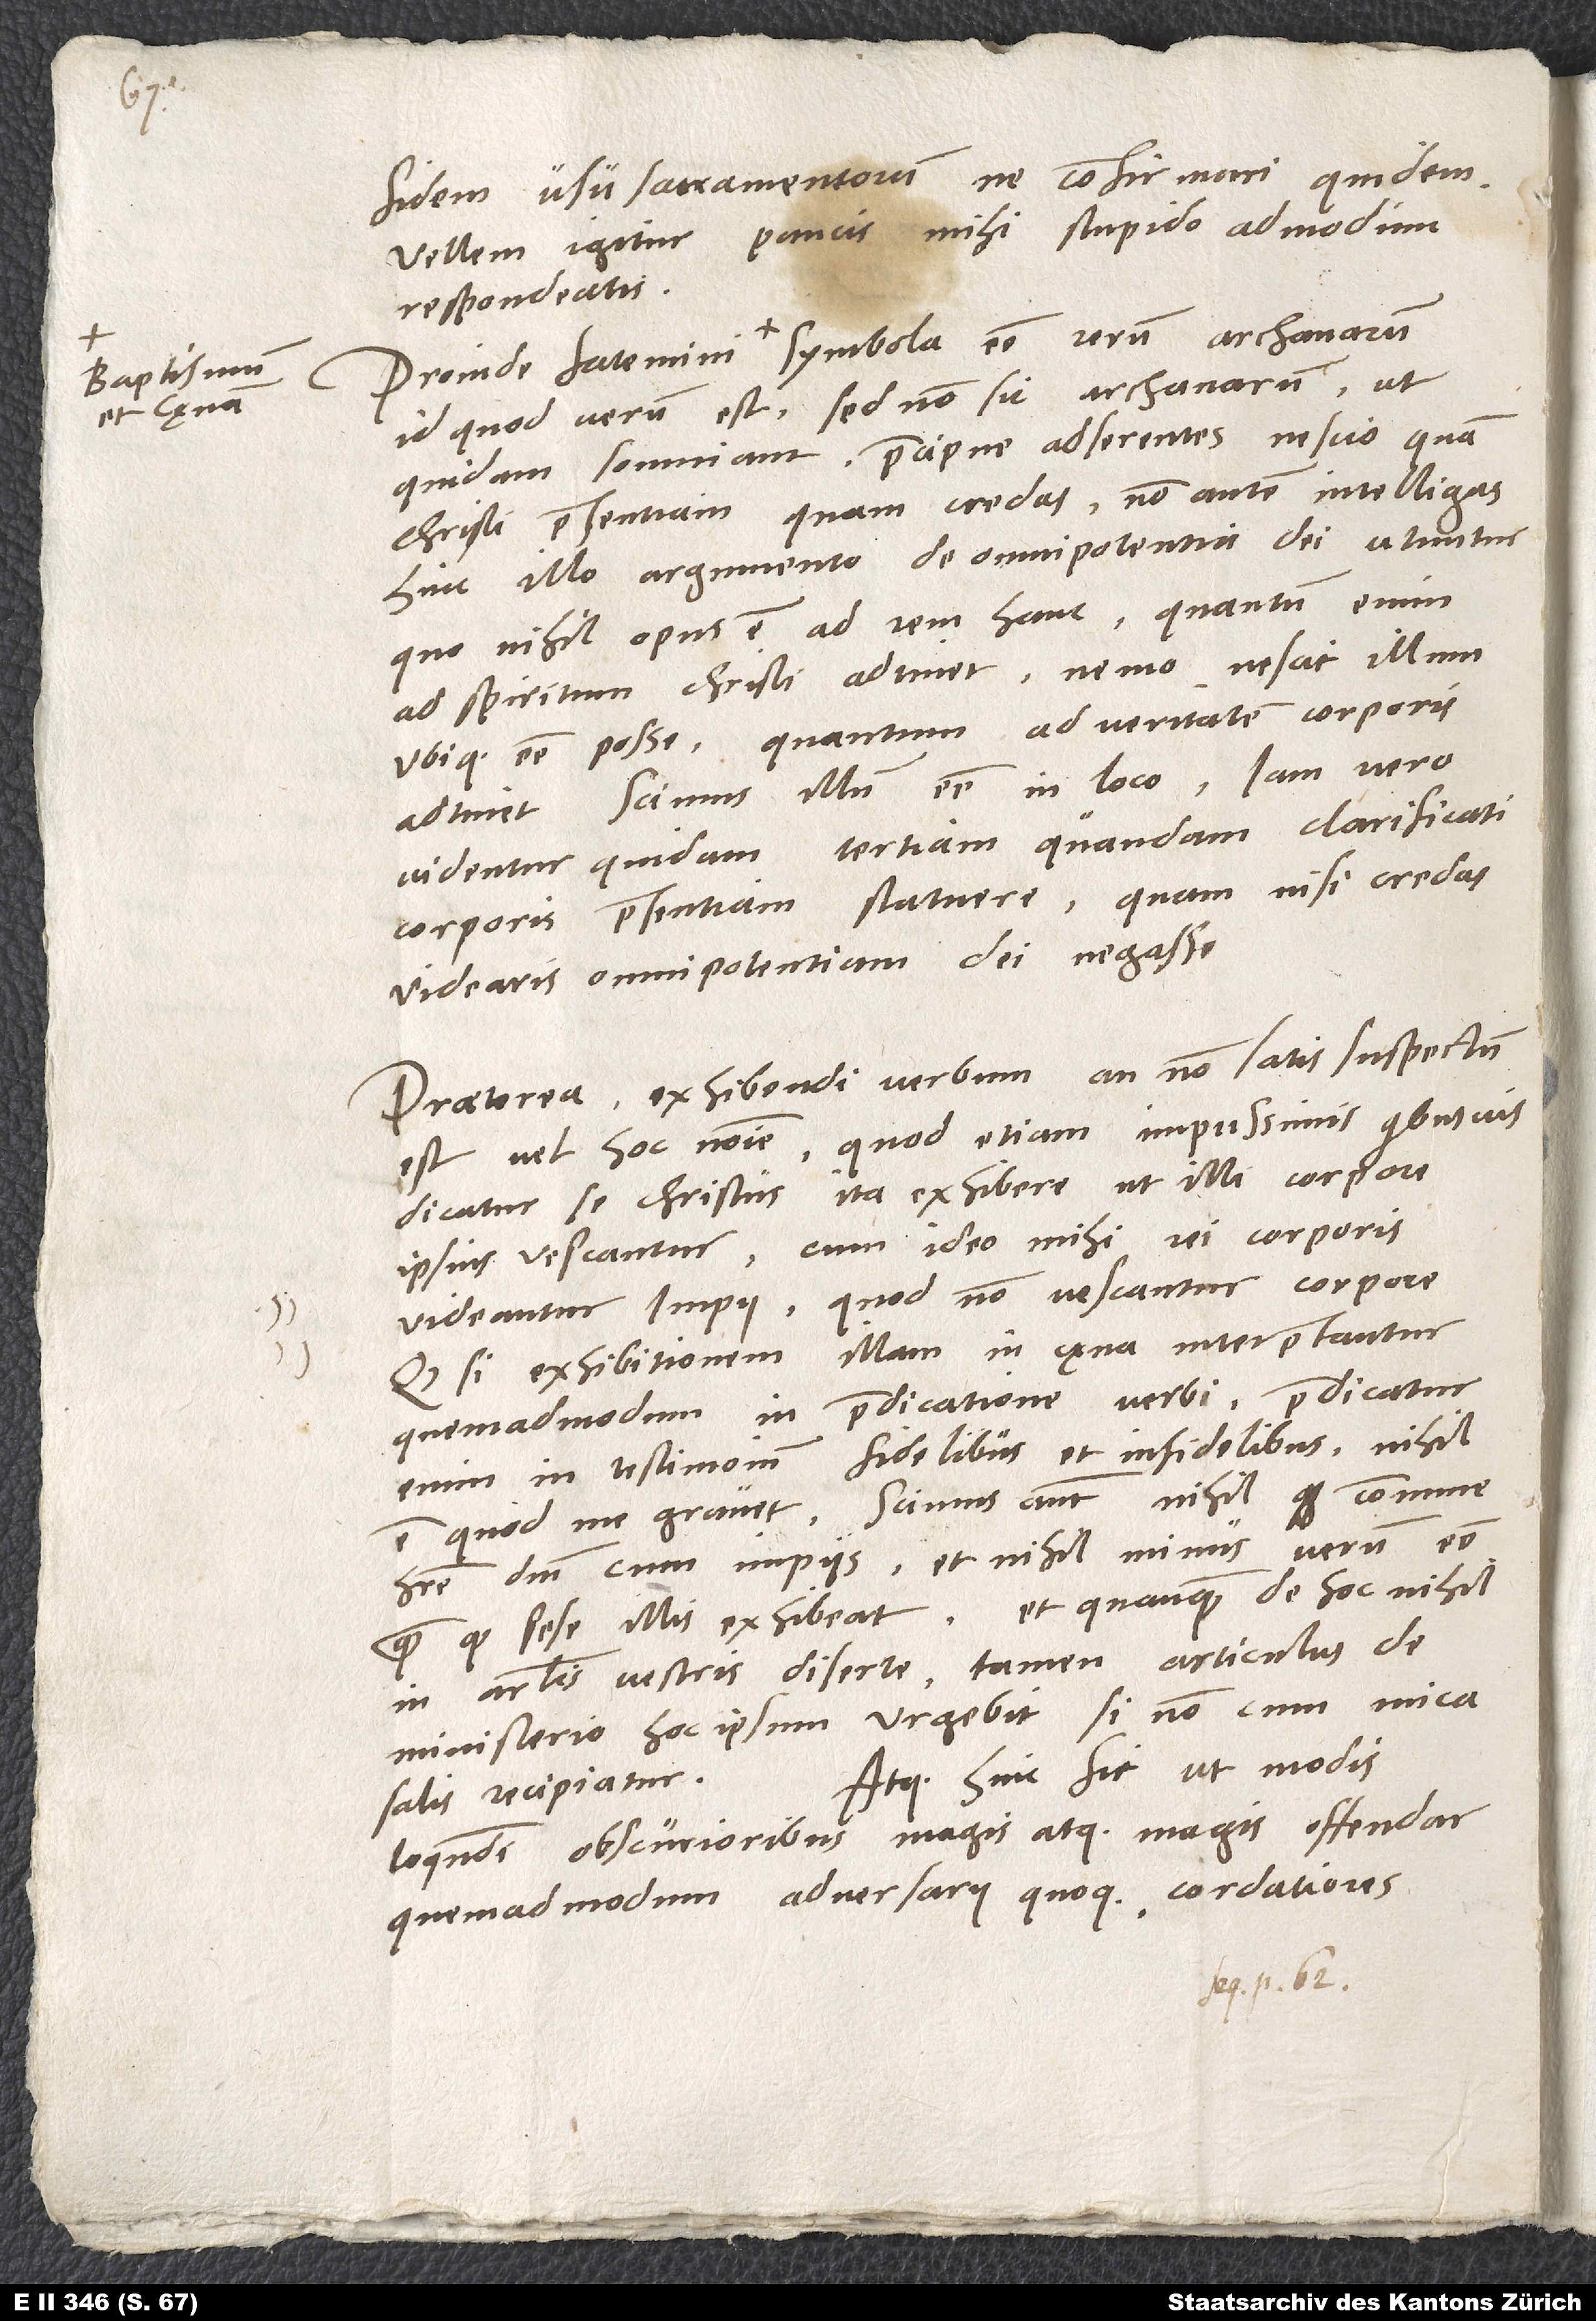
baptismum

fidem usu sacramentorum ne confirmari quidem
Vellem igitur, paucis mihi stupido admodum
respondeatis.
id quod verum est, sed non sic archanarum, ut
quidam somniant praecipue adserentes nescio quam
Christi praesentiam, quam credas, non autem intelligas.
Hinc illo argumento de omnipotentia dei utuntur,
quo nihil opus est ad rem hanc. Quantum enim
ad spiritum Christi adtinet, nemo nescit illum
ubique esse posse; quantum ad veritatem corporis
adtinet, scimus illum esse in loco. Iam vero
videntur quidam tertiam quandam clarificati
corporis praesentiam statuere, quam nisi credas,
videaris omnipotentiam dei negasse.
Praeterea "exhibendi" verbum an non satis suspectum
quod etiam impiissimis quibusvis
est vel hoc nomine,
dicatur se Christus ita exhibere, ut illi corpore
ipsius vescantur, cum ideo mihi rei corporis
videantur impii, quod non vescantur corpore?
Quodsi exhibitionem illam in cęna interpretantur,
quemadmodum in praedicatione verbi - praedicatur
enim in testimonium fidelibus et infidelibus -, nihil
est, quod me gravet. Scimus autem nihil commune
habere dominum cum impiis et nihil minus verum esse,
quam quod sese illis exhibeat. Et quanquam de hoc nihil
in articulis vestris diserte, tamen articulus de
ministerio hoc ipsum urgebit, si non cum mica
Atque hinc fit, ut modis
salis recipiatur.
loquendi obscurioribus magis atque magis offendar,
quemadmodum adversarii quoque, cordatiores